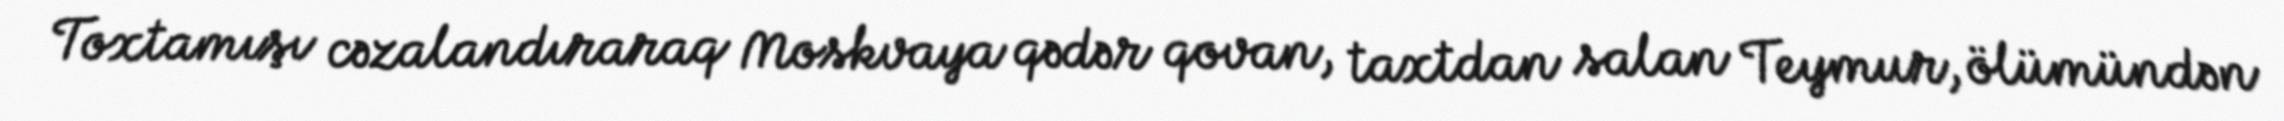
Toxtamışı cəzalandıraraq Moskvaya qədər qovan, taxtdan salan Teymur, ölümündən